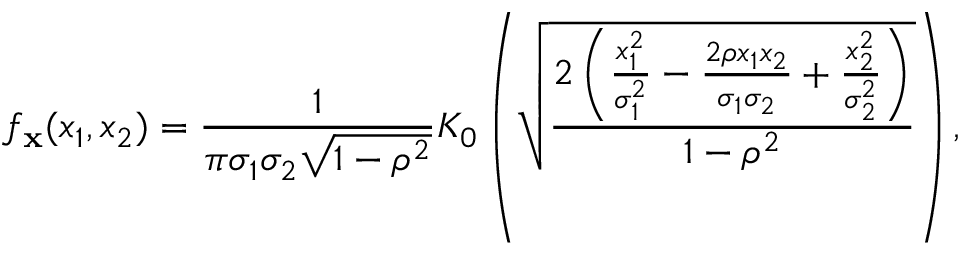
f _ { \mathbf { x } } ( x _ { 1 } , x _ { 2 } ) = { \frac { 1 } { \pi \sigma _ { 1 } \sigma _ { 2 } { \sqrt { 1 - \rho ^ { 2 } } } } } K _ { 0 } \left( { \sqrt { \frac { 2 \left( { \frac { x _ { 1 } ^ { 2 } } { \sigma _ { 1 } ^ { 2 } } } - { \frac { 2 \rho x _ { 1 } x _ { 2 } } { \sigma _ { 1 } \sigma _ { 2 } } } + { \frac { x _ { 2 } ^ { 2 } } { \sigma _ { 2 } ^ { 2 } } } \right) } { 1 - \rho ^ { 2 } } } } \right) ,